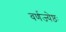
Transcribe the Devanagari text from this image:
वर्णज्येष्ठः